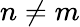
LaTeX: n\not=m